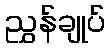
ညွှန်ချုပ်